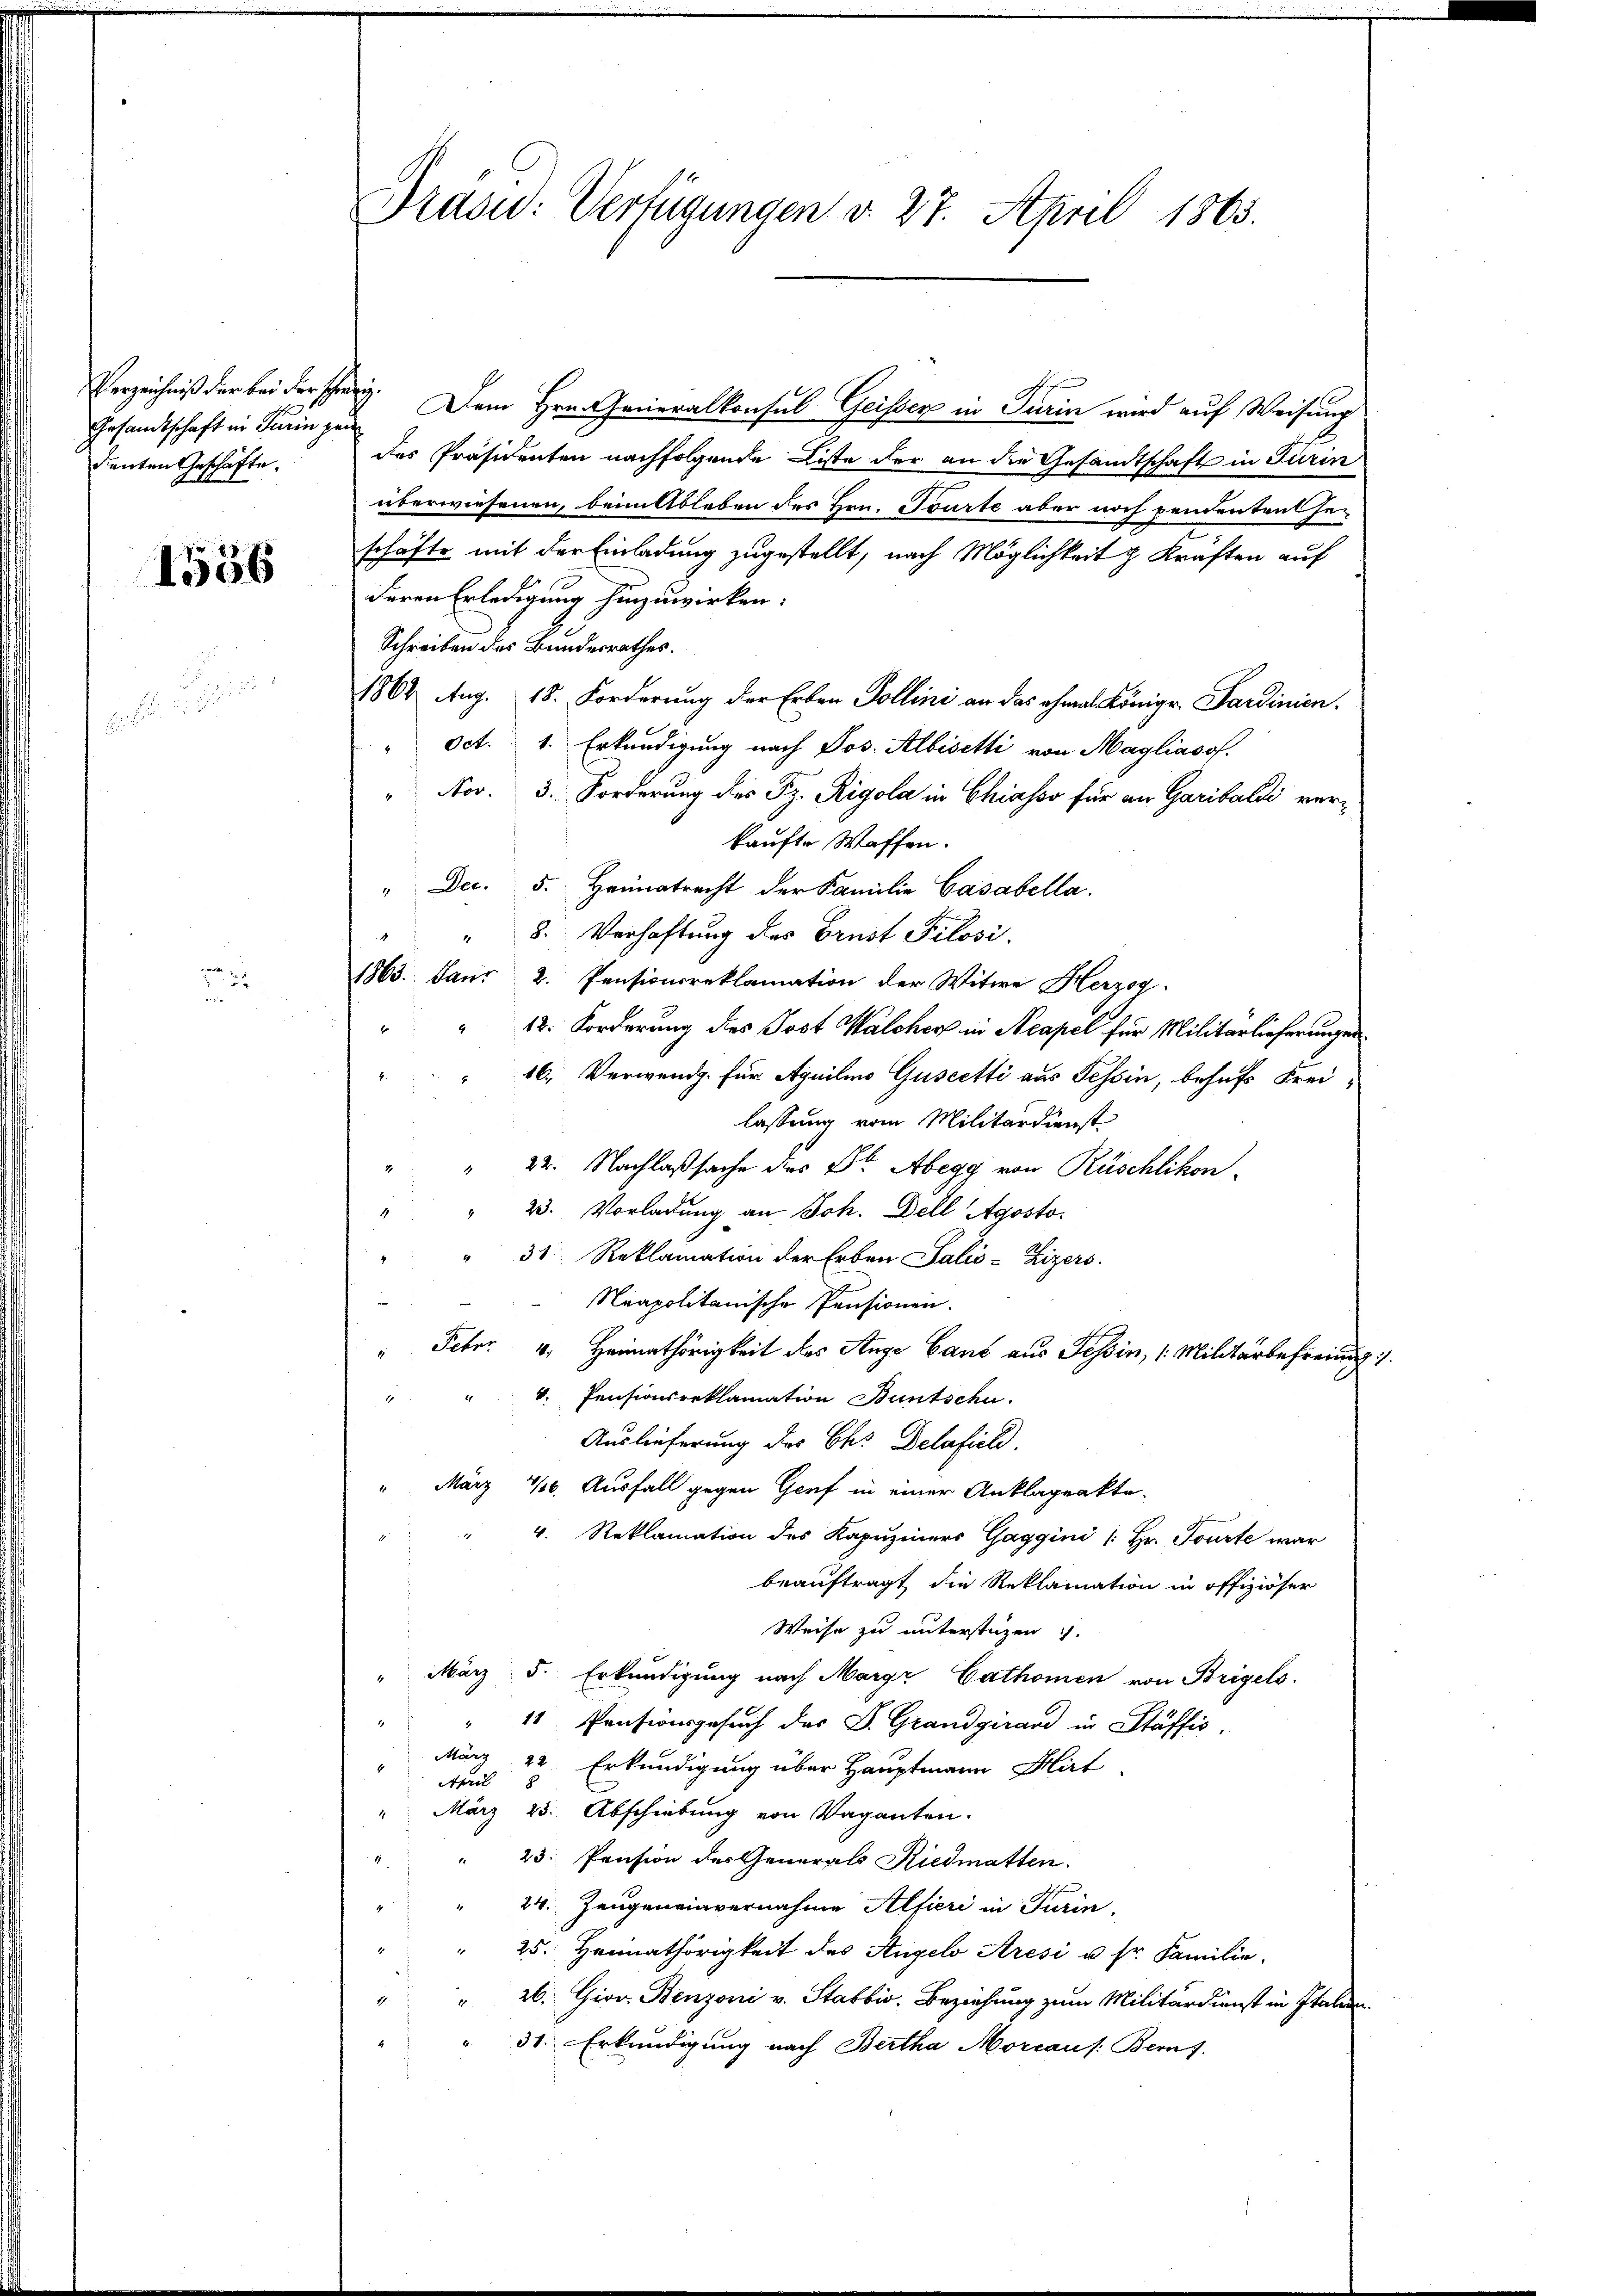
Gesandtschaft in Turin gan
denten Geschäfte.

1556

Verzeichniß der bei der schweiz. Dem Hrn. Generalkonsul Geisser in Turin wird auf Weisung
des Präsidenten nachfolgende Liste der an die Gesandtschaft in Turin
überwiesenen, beim Ableben des Hrn. Tourte aber noch pendentrat her
schäfte mit der Einladung zugestellt, nach Möglichkeit z. Kräften auf
deren Erledigung hinzuwirken.
Schreiben des Bundesrathes.
1864 Aug. 18. Forderung der Erben Pollini an das ohnes Königr. Sardinien.
Oct. 1. Erkundigung nach Jos. Albisetti von Magliasof.
" Nov. 3. Forderung des Pz. Rigola in Chiasso für an Garibaldi verkaufte Waffen.
" Dec. 5. Heimatracht der Familie Gasabella.
8. Verhaftung des Brust Pilosi
1863. Janr. 2. Pensionsreklamation der Witwe Herzog.
12. Forderung des Post Walcher in Neapel für Militarlieferungen
16., Verwendg. für Aquilio Guscetti aus Tessin, behufs Frei-
lassung vom Militärdienst
" " 22. Nachlaßsache dies Dr. Abegg von Rüschlikon
23. Vorladung an Joh. Dell Agosto-
.
" 31 Reklamation der Erben Salis-Lizers.
Neapolitanische Pensionen.
" Feber 4. Heimathörigkeit des Auge Cant aus Tessin, (Militärbefreiung.
" " 4. Pensionsreklamation Buntschu
Auslieferung des Ch. Delafield.
" März 1/6. Ausfall gegen Genf in einer Anklageakte-
4. Reklamation des Kapuziners Gaggini (: Hr. Tourte war
beauftragt die Reklamation in offiziöser
Weise zu unterstüzen.
" März 5. Erkundigung nach Margr Cathomen von Brigels
2.
11. Pensionsgesuch des Dr. Grandgirard in Stäffić,
März 22. Erkundigung über Hauptmann Hirt
April 8
März 23. Abschiebung von Vaganten.

 23. Pension des Generals Riedmatten.
24. Zeugeneinvernahme Alfieri in Turin,
4
" 25. Heimathörigkeit des Angelo Aresi u. sr. Familie.
" " 26. Giov. Benzoni v. Stabbio. Beziehung zum Militärdienst in Italien.
 31. Erkundigung nach Bertha Morcaus: Bern f

Prasid: Verfügungen d. 27. April 1863.